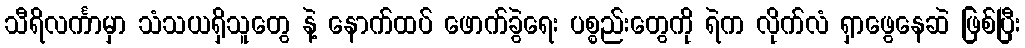
သီရိလင်္ကာမှာ သံသယရှိသူတွေ နဲ့ နောက်ထပ် ဖောက်ခွဲရေး ပစ္စည်းတွေကို ရဲက လိုက်လံ ရှာဖွေနေဆဲ ဖြစ်ပြီး